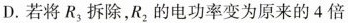
D.若将R_{3}拆除，R_{2}的电功率变为原来的4倍